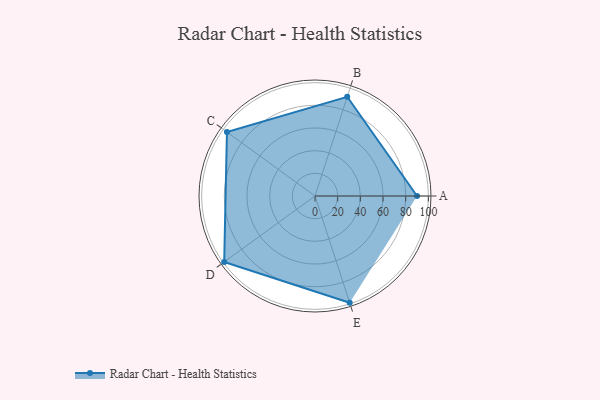
{"axis": {"x": "Skill", "y": "Score"}, "legend": ["Profile"], "data": [{"x": "A", "y": 90.0, "type": "Profile"}, {"x": "B", "y": 92.0, "type": "Profile"}, {"x": "C", "y": 96.0, "type": "Profile"}, {"x": "D", "y": 99, "type": "Profile"}, {"x": "E", "y": 99, "type": "Profile"}]}